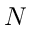
N